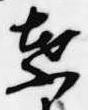
葉